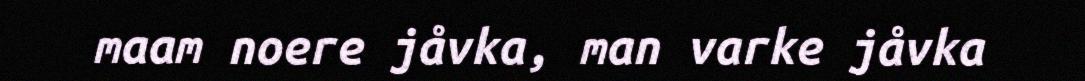
maam noere jåvka, man varke jåvka